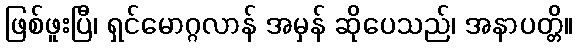
ဖြစ်ဖူးပြီ၊ ရှင်မောဂ္ဂလာန် အမှန် ဆိုပေသည်၊ အနာပတ္တိ။